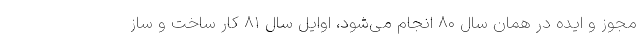
مجوز و ایده در همان سال ۸۰ انجام می‌شود، اوایل سال ۸۱ کار ساخت و ساز